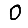
Digit: 0